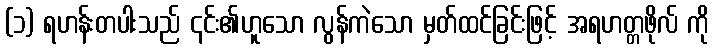
(၁) ရဟန်းတပါးသည် ၎င်း၏ဟူသော လွန်ကဲသော မှတ်ထင်ခြင်းဖြင့် အရဟတ္တဖိုလ် ကို